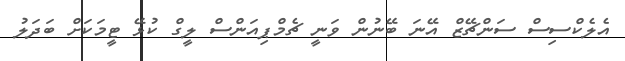
އެލެކްސިސް ސަންޗޭޒް އޭނަ ބޭނުން ވަނީ ޗެމްޕިއަންސް ލީގް ކުޅޭ ޓީމަކަށް ބަދަލު